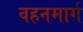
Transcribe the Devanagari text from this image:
वहनमार्ग